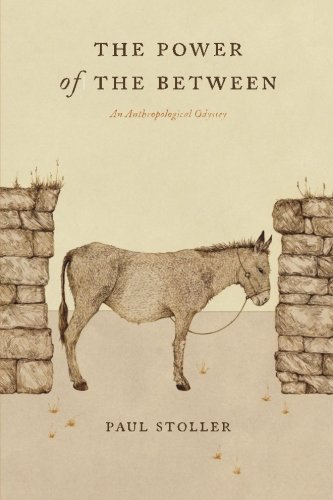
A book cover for The Power of the Between: An Anthropological Odyssey; Paul Stoller; Biographies & Memoirs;